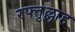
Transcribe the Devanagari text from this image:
रफ्तुल्लाह